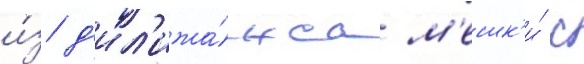
и́з д'ил'ижа́нса м'ешк'и́ с